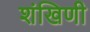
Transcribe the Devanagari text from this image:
शंखिणी